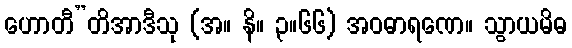
ဟောတီ”တိအာဒီသု (အ။ နိ။ ၃။၆၆) အဝဓာရဏေ။ သွာယမိဓ